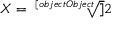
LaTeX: X = { \sqrt [ [object Object] ] { 2 } }